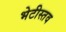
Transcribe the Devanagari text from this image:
भेटीस्तव